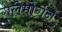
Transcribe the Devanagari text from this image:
गलेमोर्गन